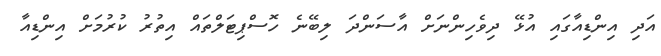
އަދި އިންޑިއާގައި އުޅޭ ދިވެހިންނަށް އާސަންދަ ލިބޭނެ ހޮސްޕިޓަލްތައް އިތުރު ކުރުމަށް އިންޑިއާ